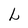
Character: L